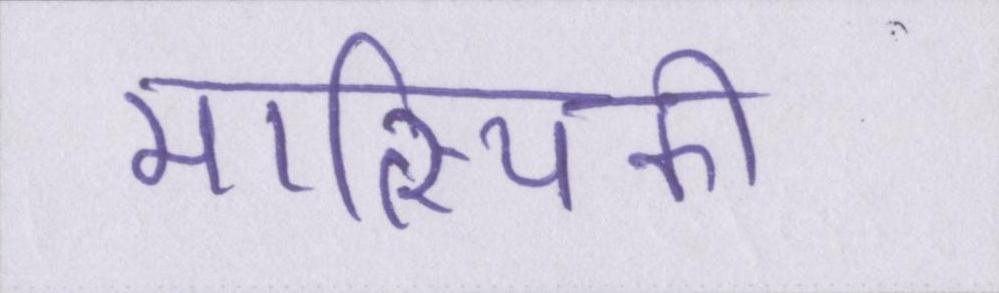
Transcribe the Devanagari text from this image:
मात्स्यिकी